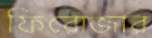
ফিরোজার